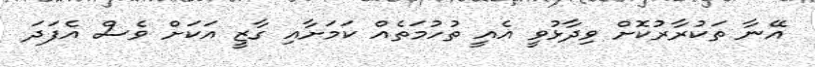
އޭނާ ތަކުރާރުކޮށް ވިދާޅުވީ އެއީ ތުހުމަތެއް ކަމަށާއި ގާޒީ އަކަށް ވެސް އެފަދަ